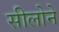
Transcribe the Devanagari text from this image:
सीलोने